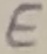
Text: E